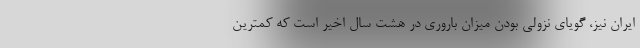
ایران نیز، گویای نزولی بودن میزان باروری در هشت سال اخیر است که کمترین